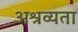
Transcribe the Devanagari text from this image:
अश्रव्यता